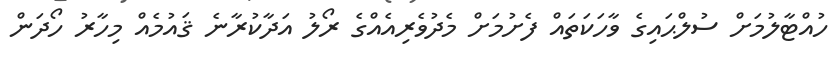
ހުއްޓާލުމަށް ސުލްޙައިގެ ވާހަކަތައް ފެށުމަށް މެދުވެރިއެއްގެ ރޯލު އަދާކުރާނެ ޤައުމެއް މިހާރު ހޯދަން